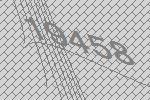
19458